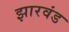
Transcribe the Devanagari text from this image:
झारवंड